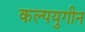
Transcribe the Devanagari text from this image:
कल्पयुगीन